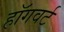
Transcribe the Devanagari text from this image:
हॉगवर्ट